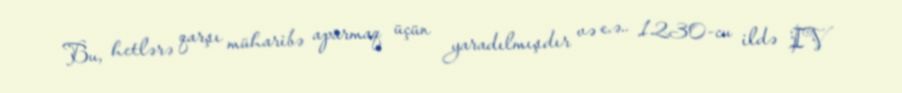
Bu, hetlərə qarşı müharibə aparmaq üçün yaradılmışdır və e.ə.. 1230-cu ildə IV